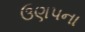
ઉણપના